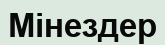
Мінездер